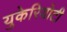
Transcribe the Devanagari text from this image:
युकेरियोटी